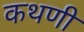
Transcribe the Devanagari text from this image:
कथणी